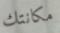
مكانتك